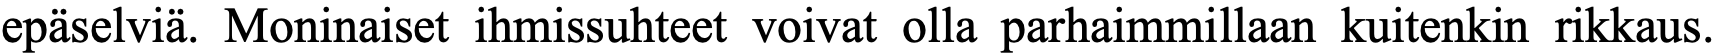
epäselviä. Moninaiset ihmissuhteet voivat olla parhaimmillaan kuitenkin rikkaus.